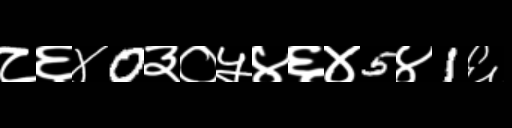
Text: ८६४0३०५४६४5४1६